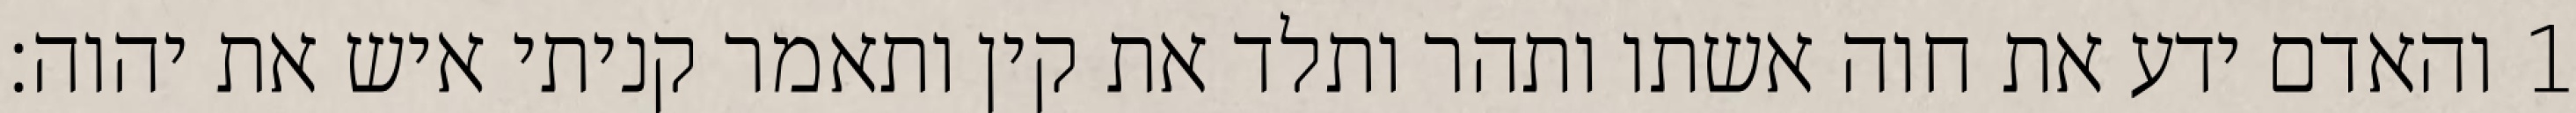
1 והאדם ידע את חוה אשתו ותהר ותלד את קין ותאמר קניתי איש את יהוה׃